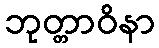
ဘုတ္တာဝိနာ